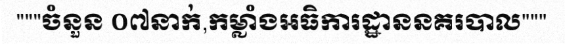
"""ចំនួន ០៧នាក់,កម្លាំងអធិការដ្ឋាននគរបាល"""